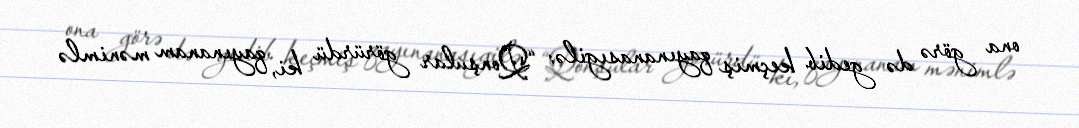
ona görə də gedib keçmiş qayınanasıgilə: “Qonşular görürdü ki, qayınanam mənimlə